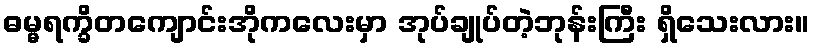
ဓမ္မရက္ခိတကျောင်းအိုကလေးမှာ အုပ်ချုပ်တဲ့ဘုန်းကြီး ရှိသေးလား။